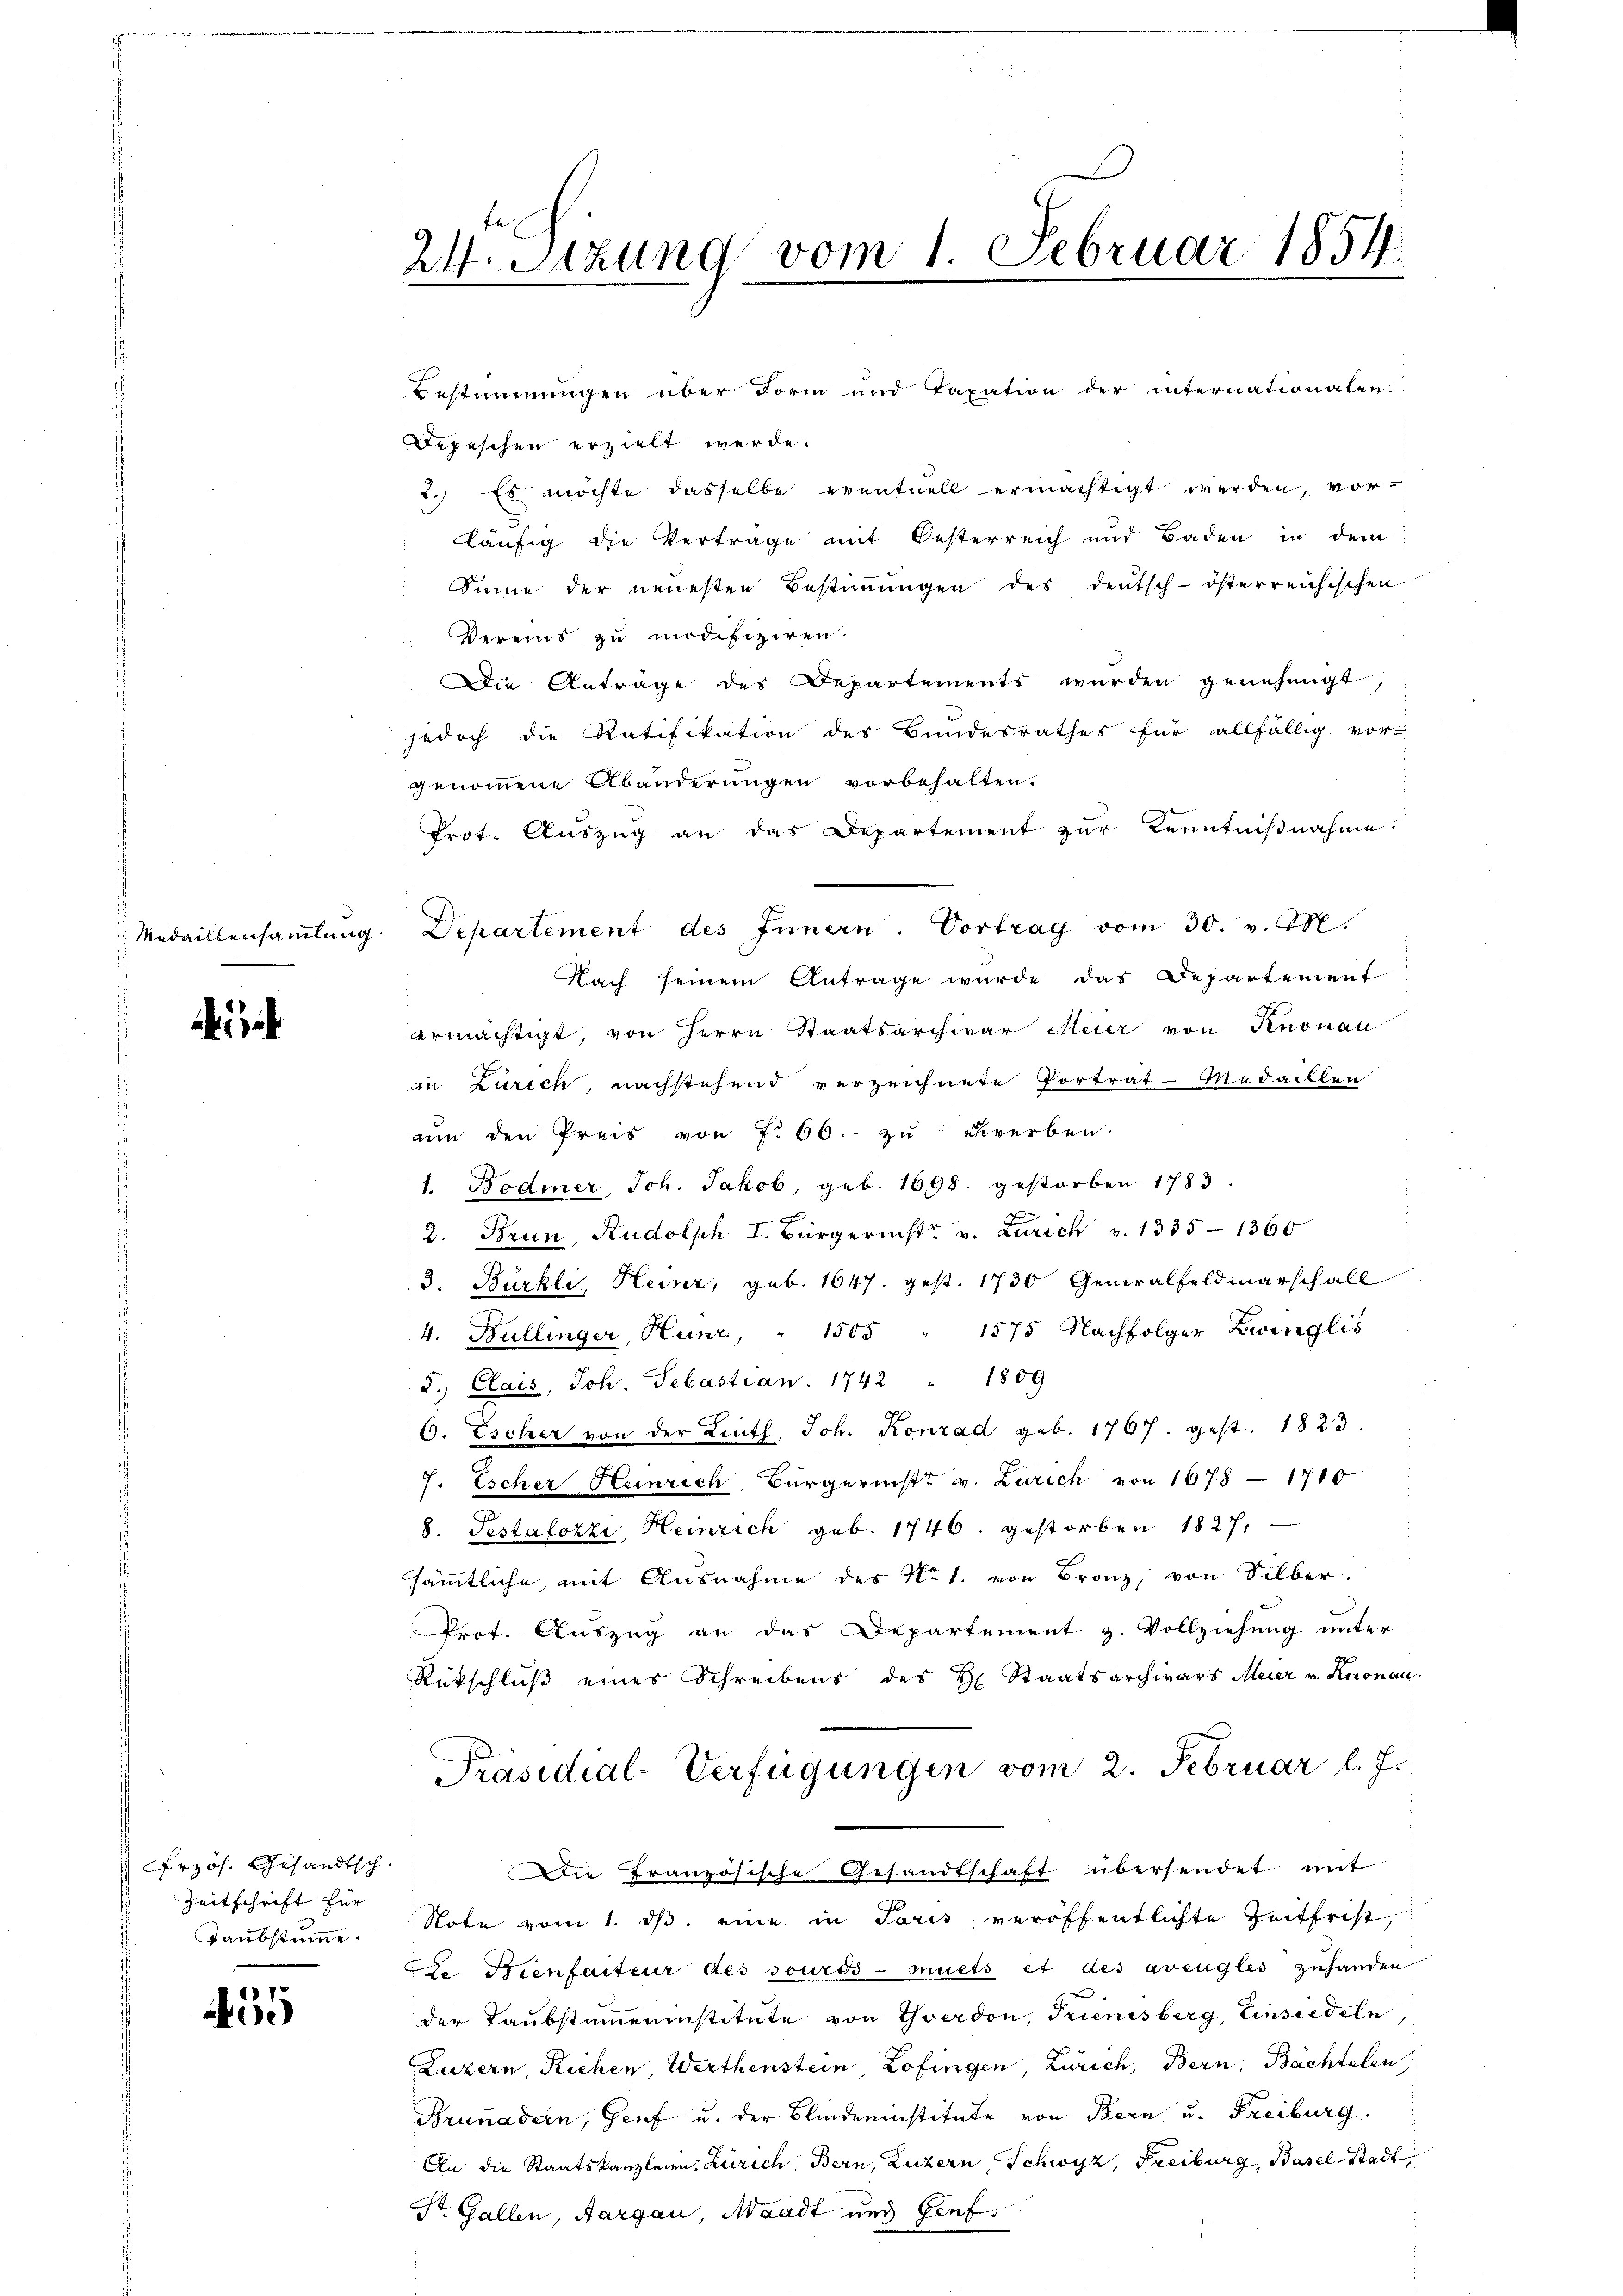
Przös. Gesandtsch.
Zeitschrift für

455

24. Sitzung vom 1. Februar 1854.

Bestimmungen über Form und Taxation der internationaten-
Depeschen erzielt werde.
2.) Es möchte dasselbe eventuell ermächtigt werden, vor-
läufig die Vertrage mit Oesterreich und Baden in dem
Sinne der neuesten Bestiṁŭngen des deutsch-österreichischen
Vereins zu modifiziren.
Die Antrage des Departements wurden genehmigt
jedoch die Ratifikation des Bundesrathes für allfällig vor-
genommene Abänderungen vorbehalten.
Prot. Auszug an das Departement zur Kenntnißnahme.
Medaillensamlung. Departement des Innern. Vortrag vom 30. v. M.
Nach seinem Antrage wurde das Departement
ermächtigt, von Herrn Staatsarchivar Meier von Knonau
in Zürich, nachstehend verzeichnete Portrat-Medaillen
aun den Preis von f. 66. zu verben.
1. Bodmer, Joh. Jakob, geb. 1698. gestorben 1783.

2. Brun, Rudolph I. Bürgerinstr v. Zürich v. 1335-1366
3. Bürkli, Heinz, geb. 1647. gest. 1730 Generalfeldmarschall
4. Bullinger, Heinr, " 1505 " 1575 Nachfolger Zwinglis
d. Clais, Joh. Sebastian. 1742 " 1809
6. Escher von der Linth Joh. Konrad geb. 1767. gest. 1823.
7. Escher Heinrich, Bürgerist v. Zürich von 1678 - 1715
8. Testalozzi, Heinrich geb. 1746. gestorben 1827,
sämmtliche, mit Ausnahme des No 1. von Bronz, von Silber.
Prot. Auszug an das Departement z. Vollziehung unter
Rückschluß eines Schreibens des H. Staatsarchivars Meier v. Knonau
Präsidial-Verfügungen vom 2. Februar l. J.
Die Französische Gesandtschaft übersendet mit
Taubstumme. Note vom 1. ds. eine in Paris veröffentlichte Zeitfrist,
C. Kienfaiteur des souros - muets et des avengles zuhanden
der Taubstammeninstitute von Yverdon, Trienisberg, Einsiedeln,
Luzern, Riehen, Werthenstein, Zofingen, Zürich, Bern, Bächtelen
Brunadern, Genf u. der Blindeninstitute von Bern u. Freiburg
An die Staatskanzleien. Zürich, Bern, Luzern, Schwyz, Freiburg, Basel-Stadt,
St. Gallen, Aargau, Waadt und Genf.